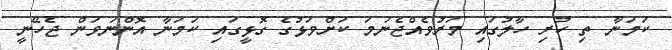
ކަމަނާ ތި ހުރި ހާލުގައި މަރުވެއްޖެނަމަ ކަށްވަޅުގެ ގޮޅީގައި ކަމަނާ އޮންނަވަން ޖެހޭނީ